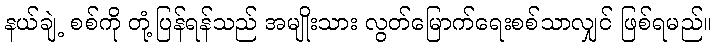
နယ်ချဲ့ စစ်ကို တုံ့ပြန်ရန်သည် အမျိုးသား လွတ်မြောက်ရေးစစ်သာလျှင် ဖြစ်ရမည်။